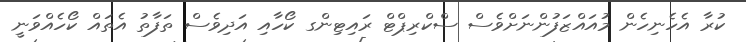
ކުރާ އެހެނިހެން މުއައްޒަފުންނަށްވެސް ސްކްރިޕްޓް ރައިޓިންގ ކޯހާއި އަދިވެސް ތަފާތު އެތައް ކޯހެއްވަނީ